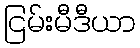
ငြမ်းမီဒီယာ